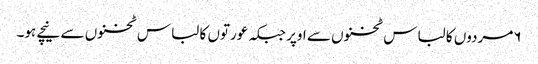
۶مردوں کا لباس ٹخنوں سے اوپر جبکہ عورتوں کا لباس ٹخنوں سے نیچے ہو۔